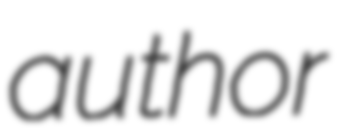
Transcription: author